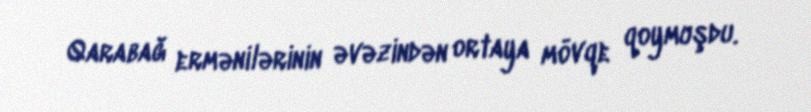
Qarabağ ermənilərinin əvəzindən ortaya mövqe qoymuşdu.